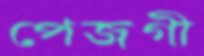
পেজগী